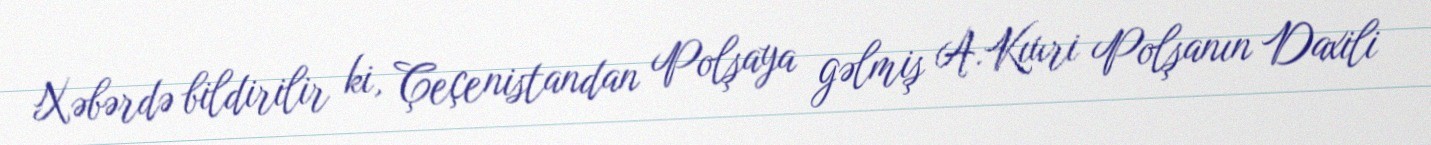
Xəbərdə bildirilir ki, Çeçenistandan Polşaya gəlmiş A.Kıuri Polşanın Daxili